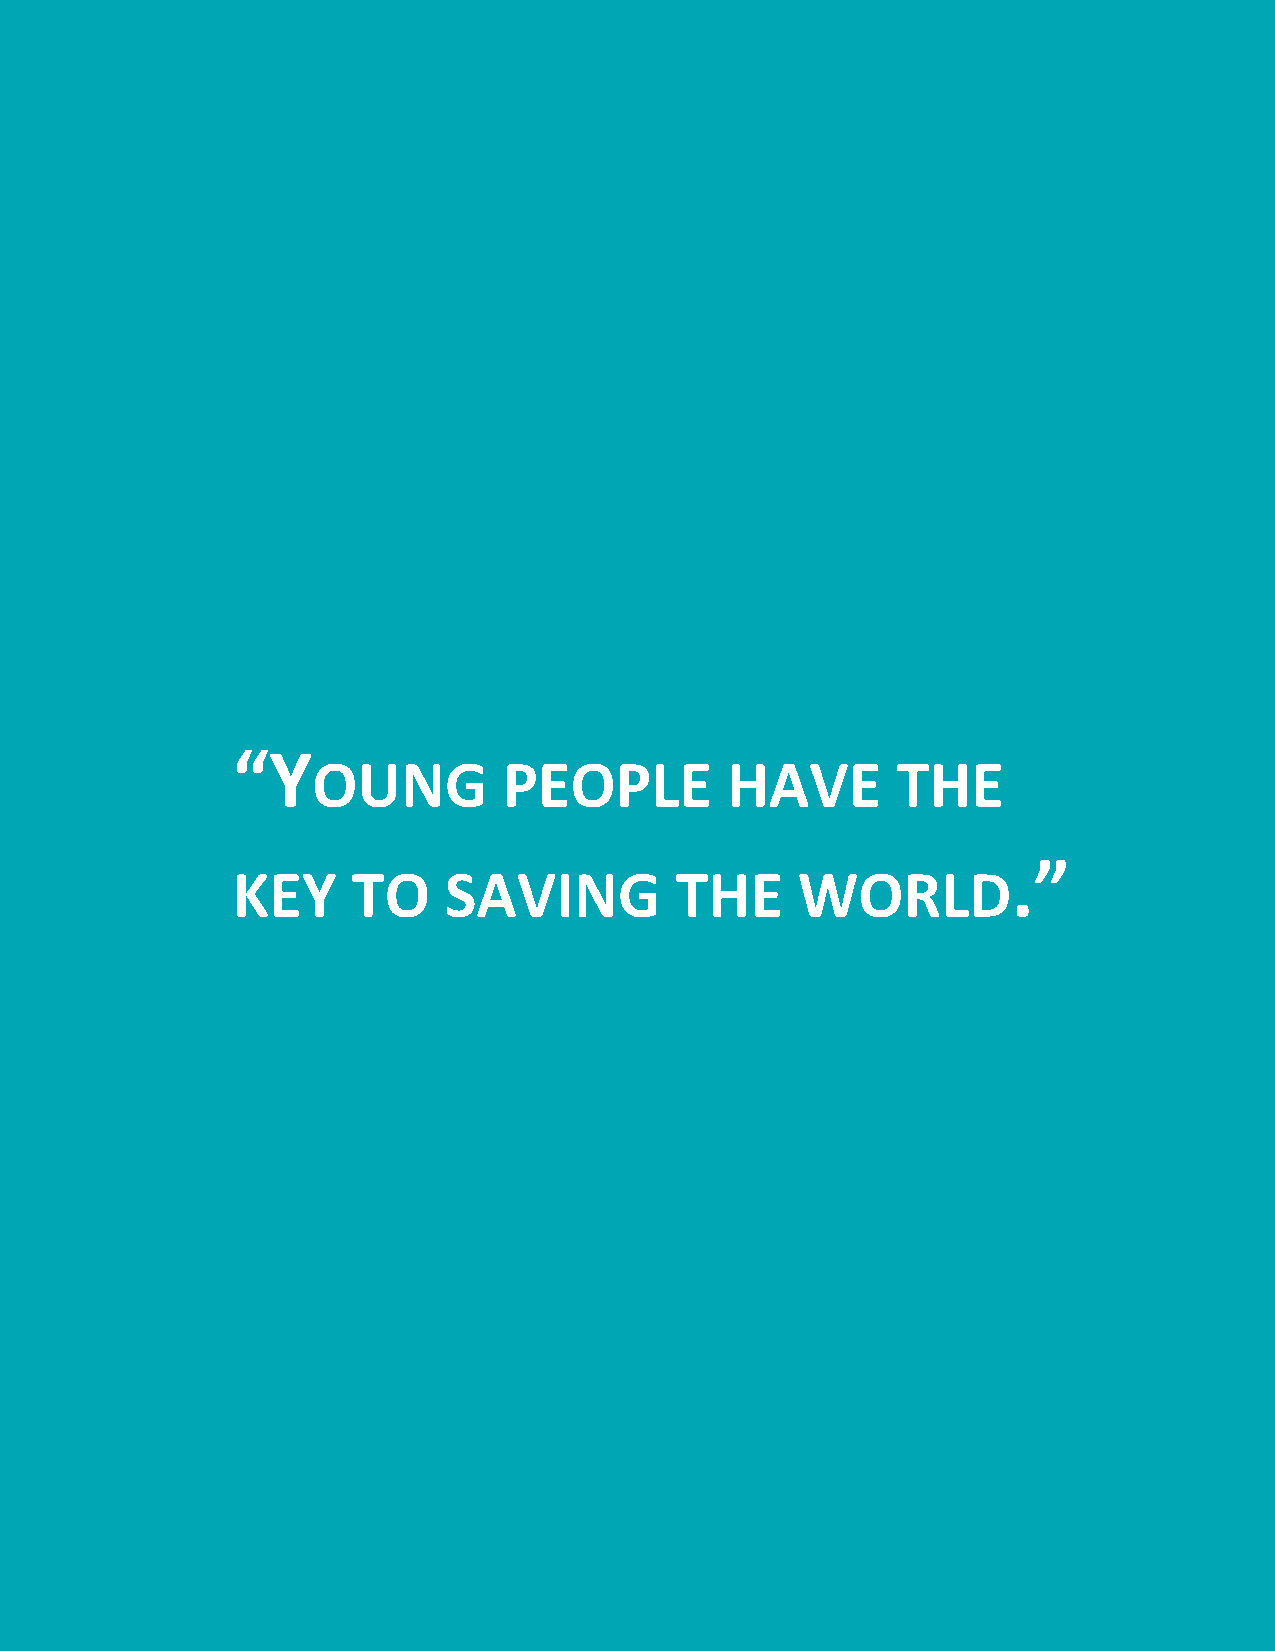
“Y
 OUNG        PEOPLE         HAVE       THE
 .”
 KEY     TO    SAVING          THE     WORLD
 0 | An O ral Histo ry o f Bridge to Em ploy me nt